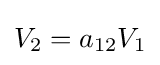
V_{2}=a_{12}V_{1}